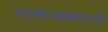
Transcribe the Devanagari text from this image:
शुल्कआकारणी